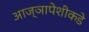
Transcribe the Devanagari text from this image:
आज्ञापेशीकडे